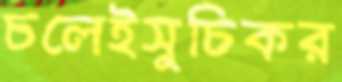
চলেইসুচিকর